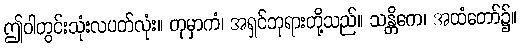
ဤဝါတွင်းသုံးလပတ်လုံး။ တုမှာကံ၊ အရှင်ဘုရားတို့သည်။ သန္တိကေ၊ အထံတော်၌။